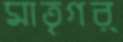
মাতৃগর্